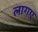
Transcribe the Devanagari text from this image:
लागए